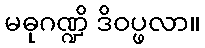
မဓုဂဏ္ဍိ ဒိဝပ္ဖလာ။